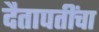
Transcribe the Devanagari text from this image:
दैतापतींचा